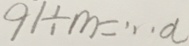
9 1 \div m = \cdots a